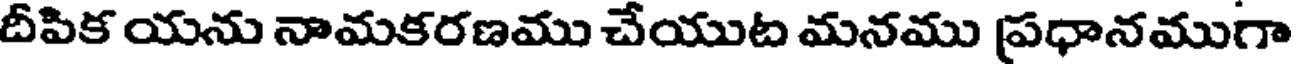
దీపిక యను నామకరణము చేయుట మనము ప్రధానముగా